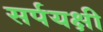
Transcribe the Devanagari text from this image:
सर्पयक्षी